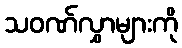
သဝဏ်လွှာများကို